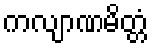
ကလျာဏမိတ္တံ